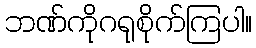
ဘဏ်ကိုဂရုစိုက်ကြပါ။